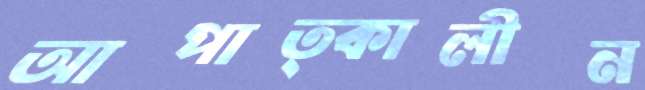
আপাত্কালীন